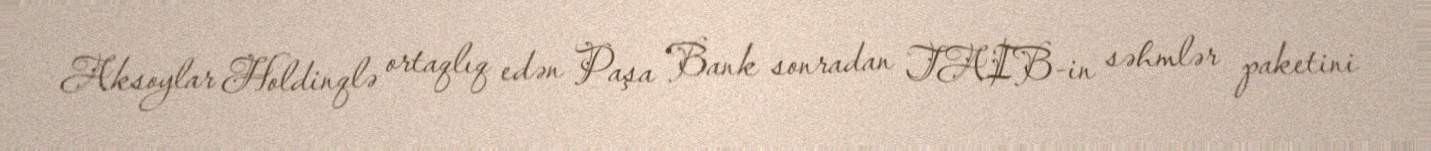
Aksoylar Holdinqlə ortaqlıq edən Paşa Bank sonradan TAIB-in səhmlər paketini